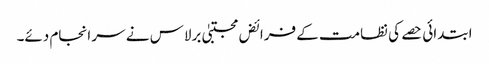
ابتدائی حصے کی نظامت کے فرائض مجتبیٰ برلاس نے سر انجام دئے۔